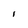
Character: l